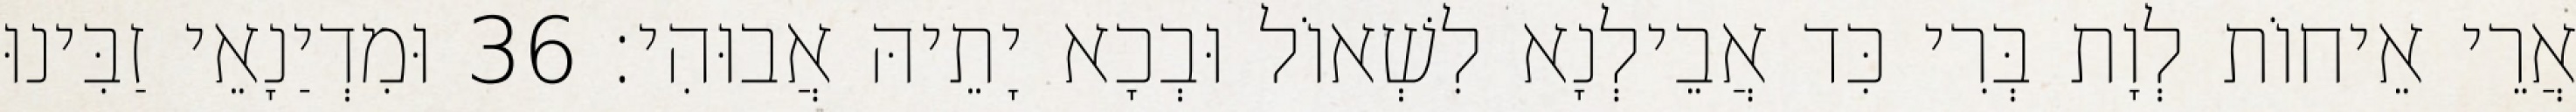
אֲרֵי אֵיחוֹת לְוָת בְּרִי כִּד אֲבֵילְנָא לִשְׁאוֹל וּבְכָא יָתֵיהּ אֲבוּהִי׃ 36 וּמִדְיַנָאֵי זַבִּינוּ